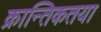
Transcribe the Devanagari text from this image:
क्रान्तिकतया